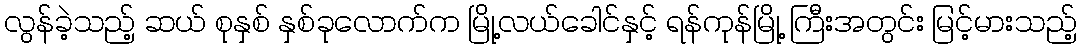
လွန်ခဲ့သည့် ဆယ် စုနှစ် နှစ်ခုလောက်က မြို့လယ်ခေါင်နှင့် ရန်ကုန်မြို့ ကြီးအတွင်း မြင့်မားသည့်